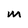
Character: m